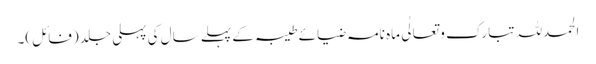
الحمدللہ تبارک و تعالٰی ماہ نامہ ضیائے طیبہ کے پہلے سال کی پہلی جلد (فائل)۔